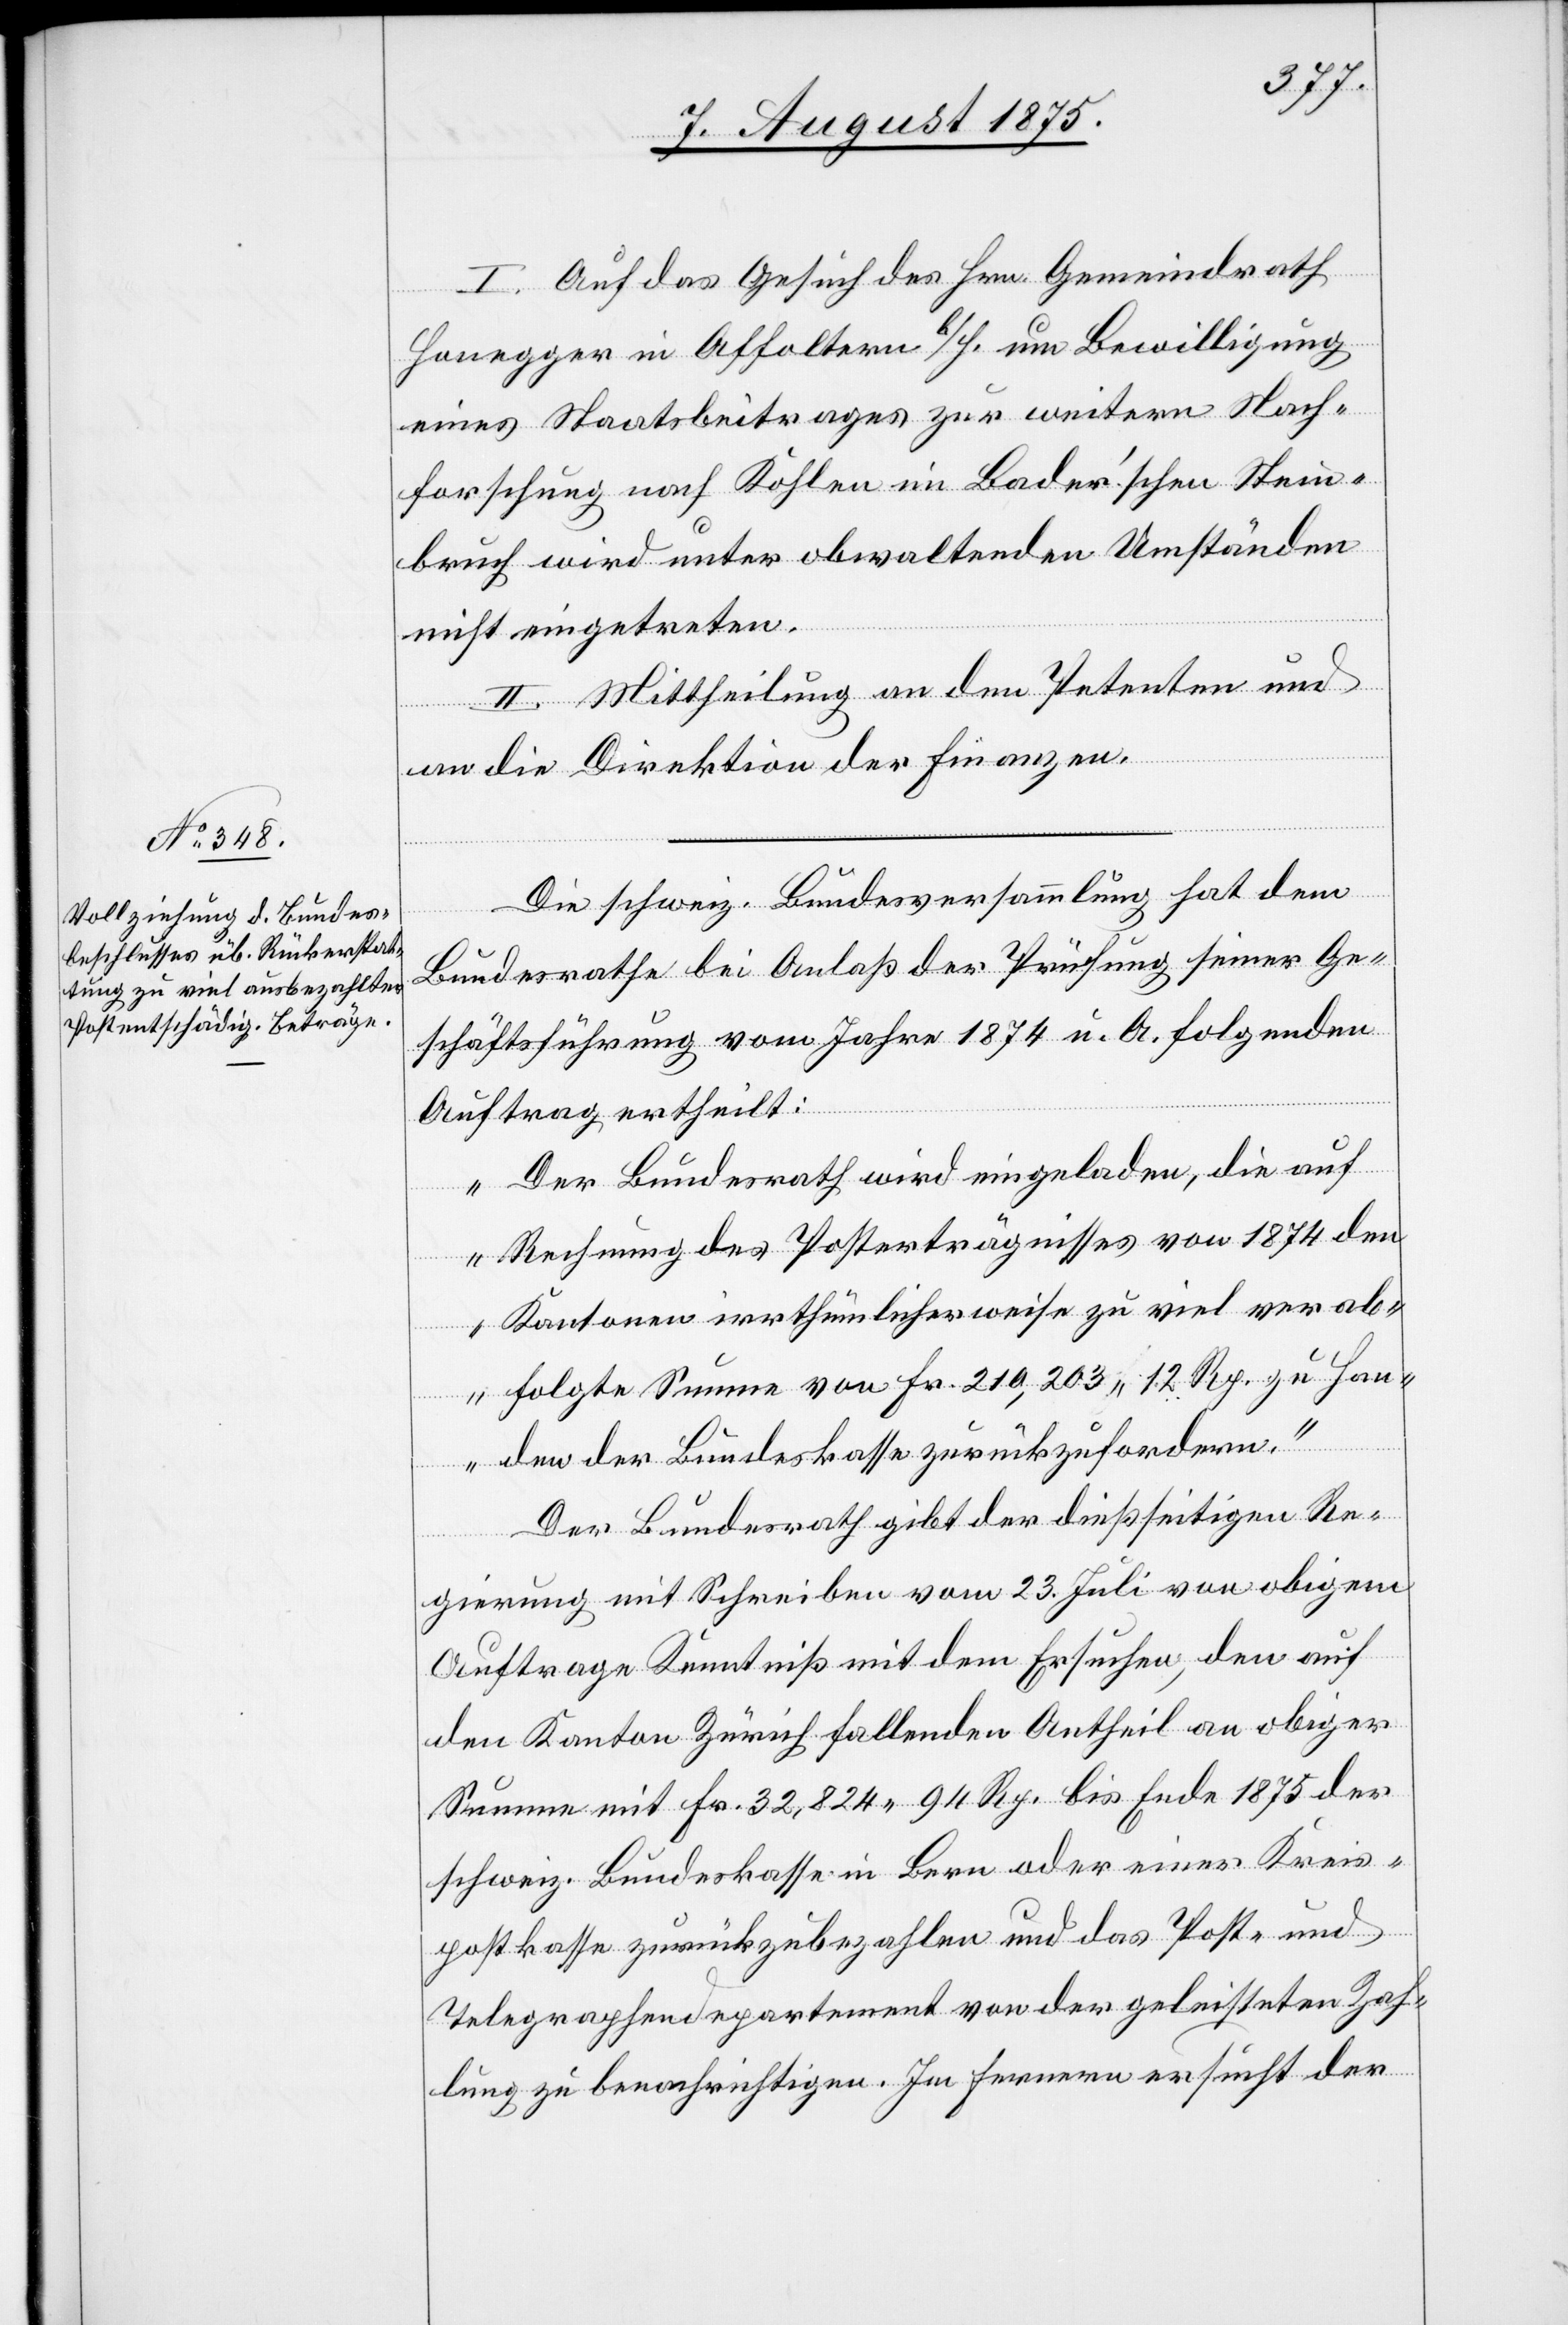
I. Auf das Gesuch des Hrn. Gemeindrath
Honegger in Affoltern b/H. um Bewilligung
eines Staatsbeitrages zur weitern Nach¬
forschung nach Kohlen im Bader’schen Stein¬
bruch wird unter obwaltenden Umständen
nicht eingetreten.
II. Mittheilung an den Petenten und
an die Direktion der Finanzen.
Die schweiz. Bundesversammlung hat dem
Bundesrathe bei Anlaß der Prüfung seiner Ge¬
schäftsführung vom Jahre 1874 u. A. folgenden
Auftrag ertheilt:
„Der Bundesrath wird eingeladen, die auf
Rechnung des Posterträgnisses von 1874 den
Kantonen irrthümlicherweise zu viel verab¬
folgte Summe von Fr. 210,203 12 Rp. zu Han¬
den der Bundeskasse zurückzufordern.“
Der Bundesrath gibt der dießseitigen Re¬
gierung mit Schreiben vom 23. Juli von obigem
Auftrage Kenntniß mit dem Ersuchen, den auf
den Kanton Zürich fallenden Antheil an obiger
Summe mit Fr. 32,824 94 Rp. bis Ende 1875 der
schweiz. Bundeskasse in Bern oder einer Kreis¬
postkasse zurückzubezahlen und das Post- und
Telegraphendepartement von der geleisteten Zah¬
lung zu benachrichtigen. Im fernern ersucht der